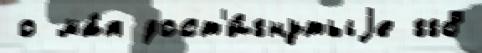
о ма́я дост'и́гнутыjе гг8